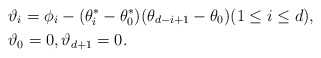
\begin{align*}&\vartheta_i = \phi_i-(\theta^*_i-\theta^*_0)(\theta_{d-i+1}-\theta_0)(1\leq i \leq d), \\&\vartheta_0 =0, \vartheta_{d+1}=0.\end{align*}